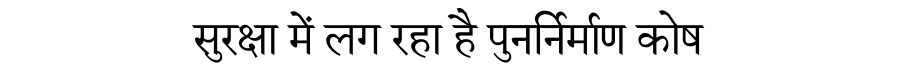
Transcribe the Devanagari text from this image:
सुरक्षा में लग रहा है पुनर्निर्माण कोष